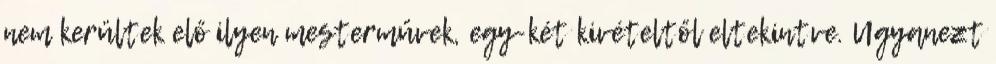
nem kerültek elő ilyen mesterművek, egy-két kivételtől eltekintve. Ugyanezt